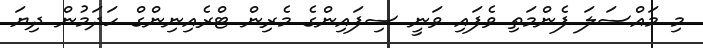
މި މައްސަލަ ފެންމަތި ވެފައި ވަނީ ސިފައިންގެ މެރިން ޓްރެއިނިންގް ހަދަމުން ދިޔަ